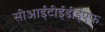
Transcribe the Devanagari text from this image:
सीआईटीईडीईएफ